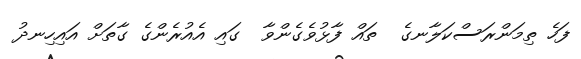
ފަހެ ތިމަންރަސްކަލާނގެ  ތައް ފާޅުވެގެންވާ  ގައި އެއުރެންގެ ގާތަށް އައިހިނދު